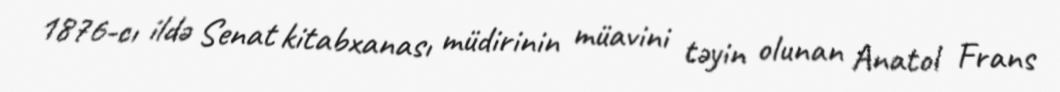
1876-cı ildə Senat kitabxanası müdirinin müavini təyin olunan Anatol Frans